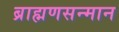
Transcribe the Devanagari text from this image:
ब्राह्मणसन्मान